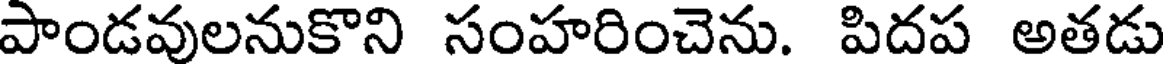
పాండవులనుకొని సంహరించెను. పిదప అతడు